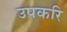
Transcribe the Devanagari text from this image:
उपकरि